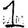
Digit: 1